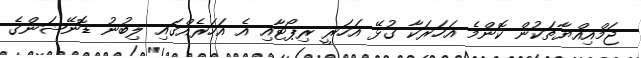
ޖަމްއިއްޔާތަކުން ކޮންމެ އަހަރަކާ ގުޅޭ އަހަރީ ރިޕޯޓާއި އެ އަހަރެއްގައި ލިބުނު ޑޮނޭޝަންގެ